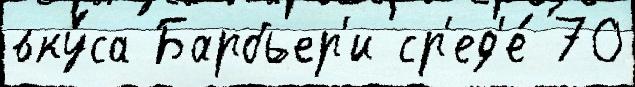
вку́са Барбьер'и ср'ед'е́ 70